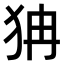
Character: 𤝫